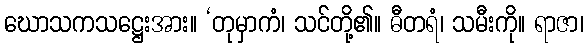
ဃောသကသဋ္ဌေးအား။ ‘တုမှာကံ၊ သင်တို့၏။ ဓီတရံ၊ သမီးကို။ ရာဇာ၊